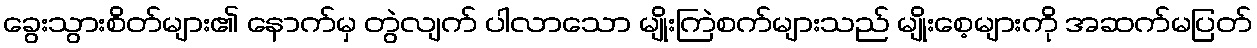
ခွေးသွားစိတ်များ၏ နောက်မှ တွဲလျက် ပါလာသော မျိုးကြဲစက်များသည် မျိုးစေ့များကို အဆက်မပြတ်